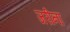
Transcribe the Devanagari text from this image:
जरीना